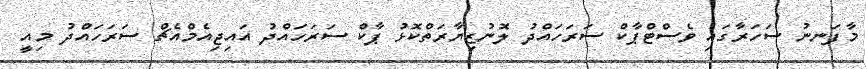
މާފަނނު ސަހަރާގައި ވެސްޓްޕާކް ސަރަހައްދު ލޮނުޒިޔާރަތްކޮޅު ޕާކް ސަރަހައްދު އައިޖިއެމްއެޗް ސަރަހައްދު މިއީ